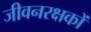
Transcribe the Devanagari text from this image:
जीवनरक्षकों